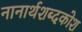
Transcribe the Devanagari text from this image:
नानार्थशब्दकोश